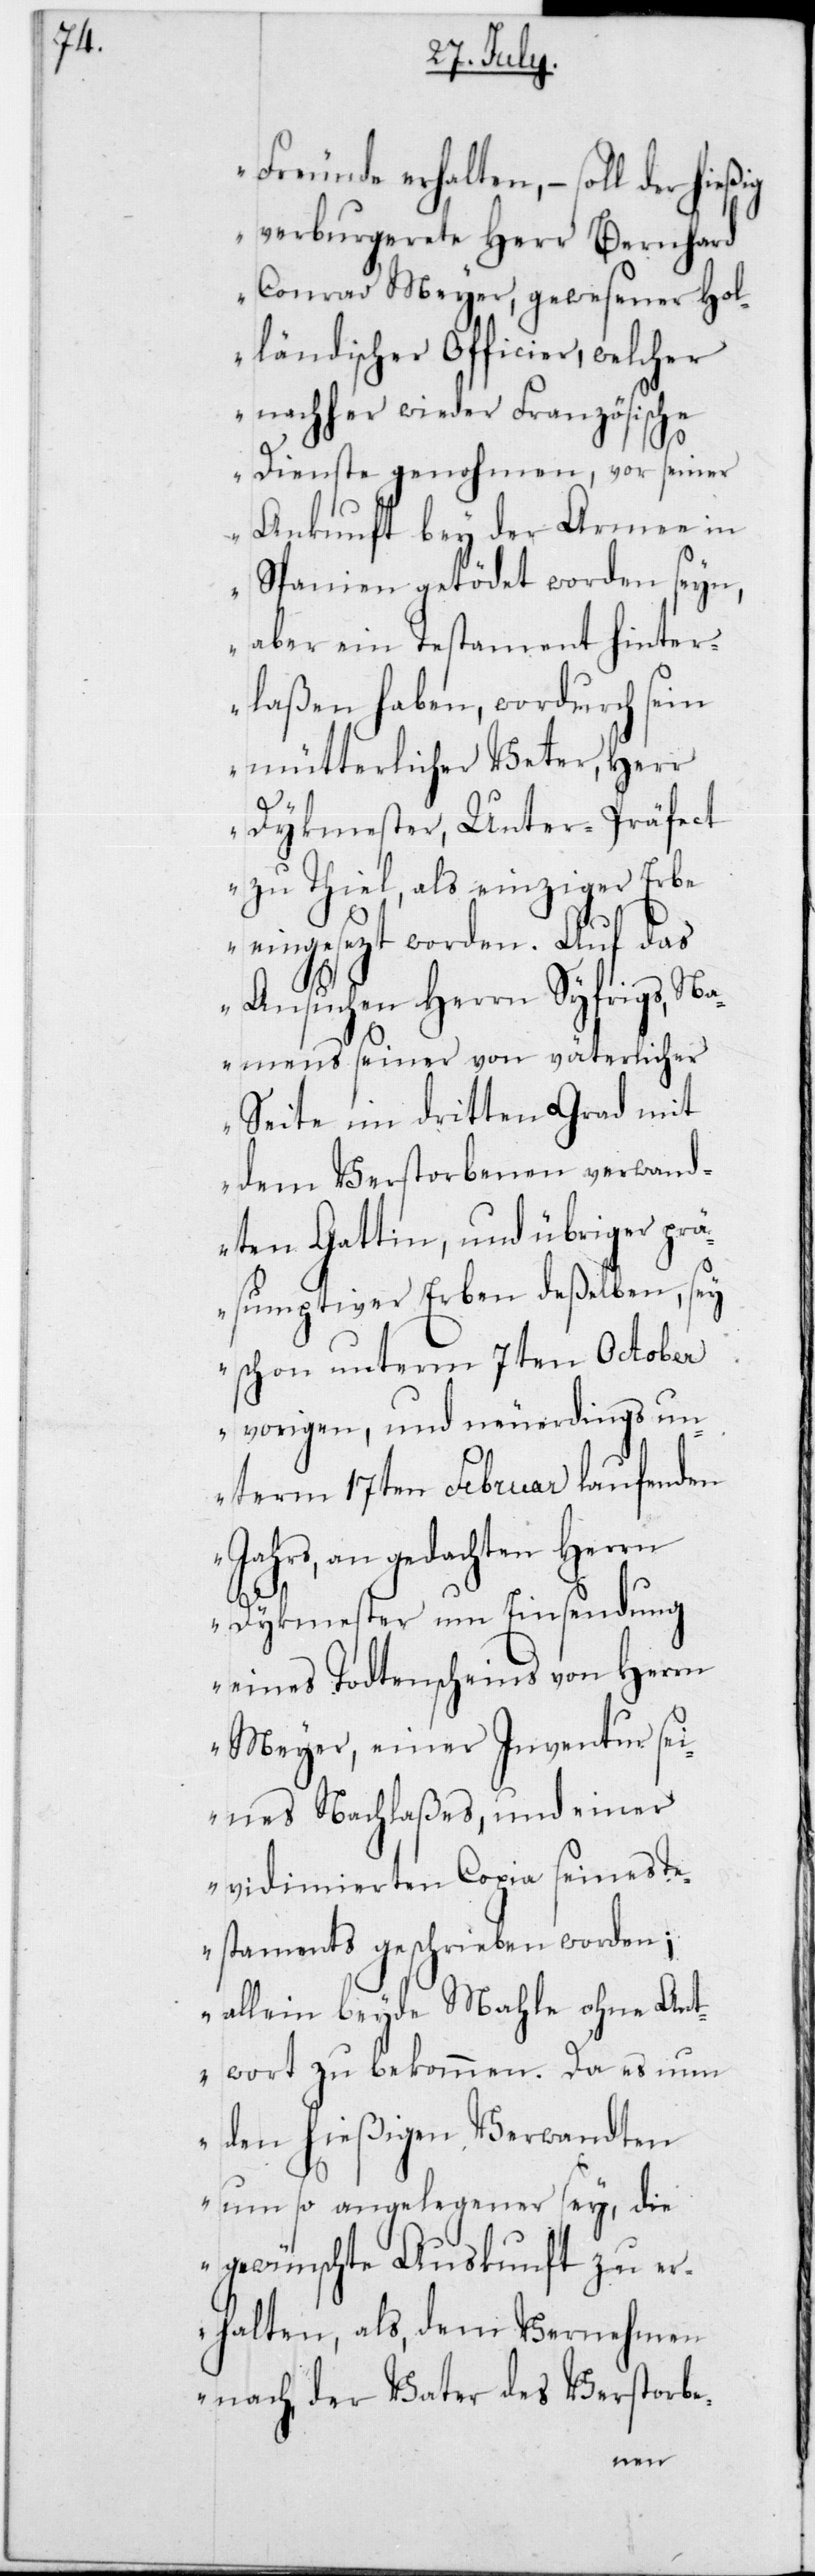
Freunde erhalten, – soll der hieß¬
verburgerete Herr Bernhard
Conrad Meyer, gewesener hol¬
ländischer Officier, welcher
nachher wieder Französische
Dienste genohmen, vor seiner
Ankunft bey der Armee in
Spanien getödet worden seyn,
aber ein Testament hinter¬
laßen haben, wordurch sein
mütterlicher Veter, Herr
ig
Dykmester, Unter-Präfect
zu Thiel, als einziger Erbe
eingesezt worden. Auf das
Ansuchen Herrn Syfrigs, N¬
amens seiner von väterlicher
Seite im dritten Grad mit
dem Verstorbenen verwand¬
ten Gattin, und übriger prä¬
sumptiver Erben deßelben, sey
schon unterm 7ten October
vorigen, und neuerdings un¬
term 17ten Februar laufenden
Jahrs, an gedachten Herrn
Dykmester um Einsendung
eines Todtenscheins von Herrn
Meyer, einer Inventur sei¬
nes Nachlaßes, und einer
vidimierten Copia seines T¬
estaments geschrieben worden;
allein beyde Mahle ohne Ant¬
wort zu bekommen. Da es nun
den hießigen Verwandten
um so angelegener sey, die
gewünschte Auskunft zu er¬
halten, als, dem Vernehmen
nach der Vater des Verstorbe-